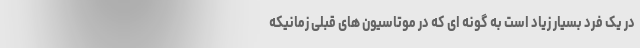
در یک فرد بسیار زیاد است به گونه ای که در موتاسیون های قبلی زمانیکه